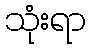
သုံးရာ